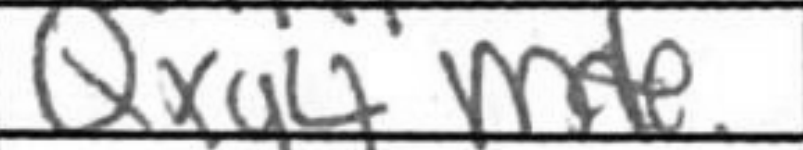
Transcription: Qxg4